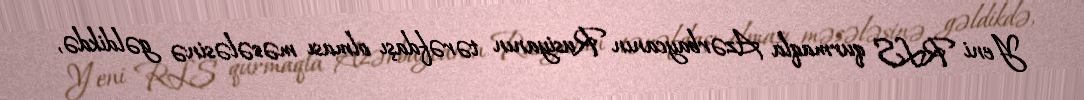
Yeni RLS qurmaqla Azərbaycanın Rusiyanın tərəfdaşı olması məsələsinə gəldikdə,